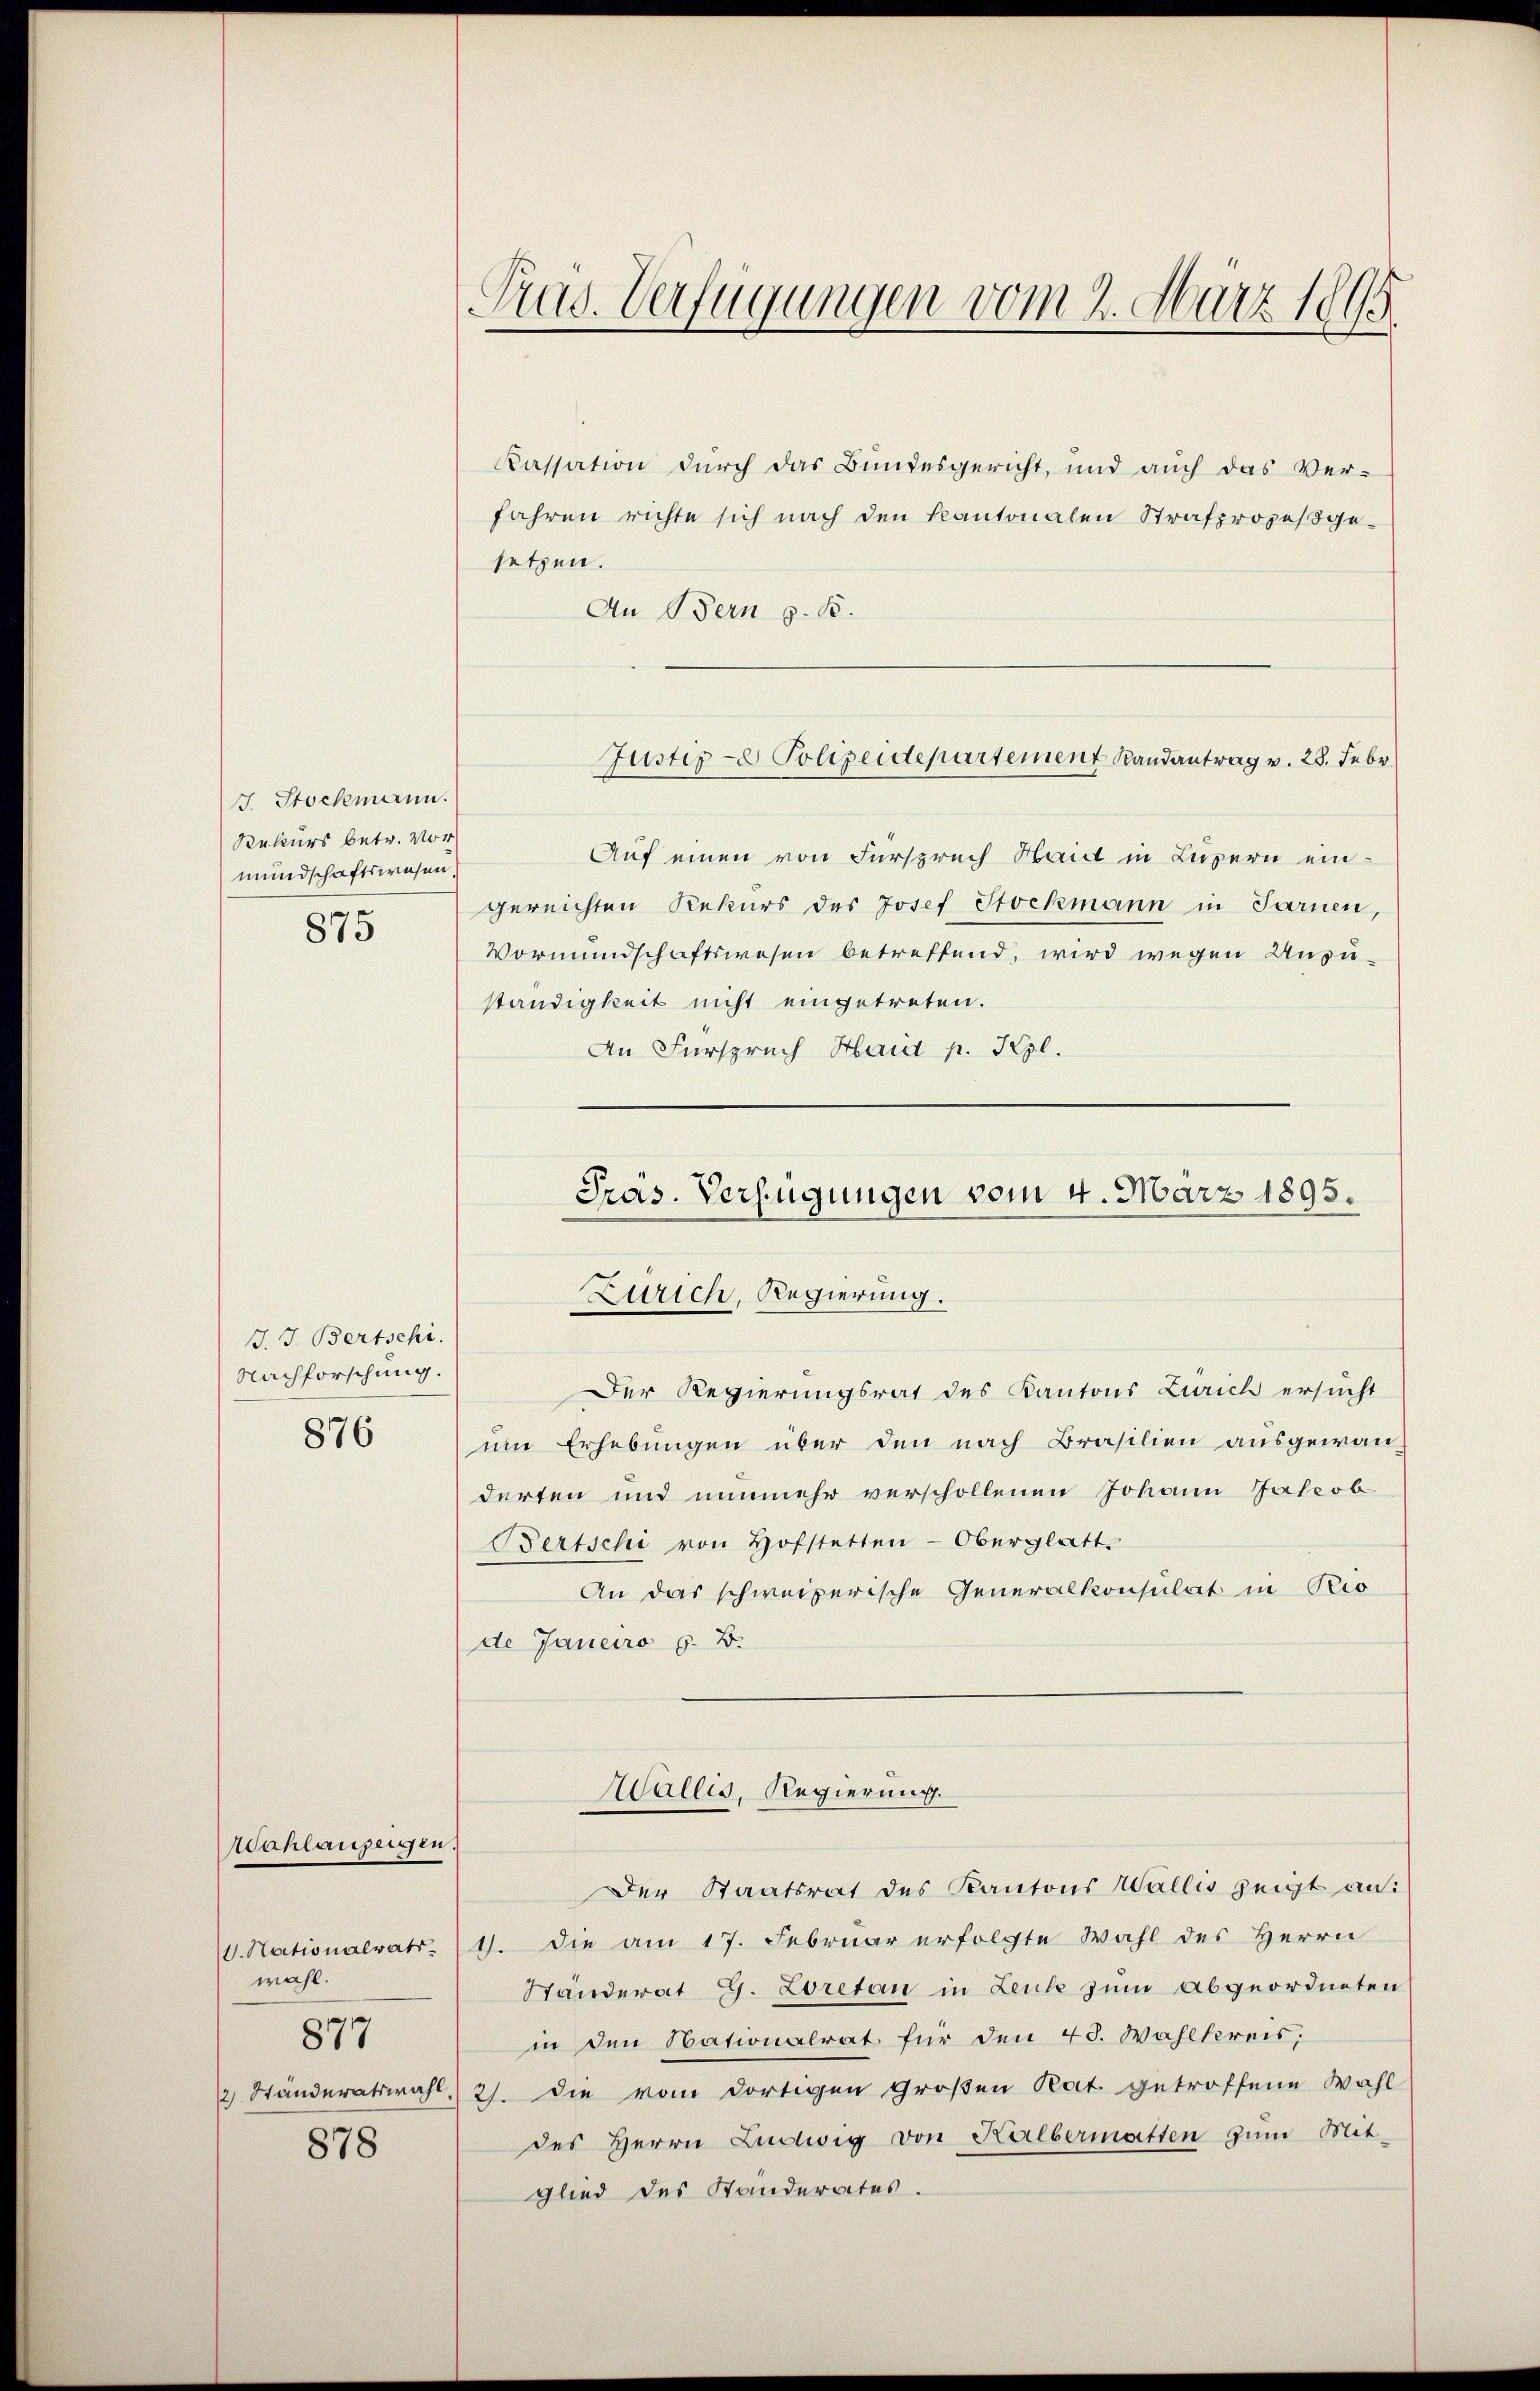
J. Stockmann.
Rekurs betr. Vor
mundschaftswesen.
875

J. J. Bertschi
Nachforschung.
876

Aahlanzeigen.
. Nationalrats.
wahl.
877

878

Prag. Verfügungen vom 2. März 1895.

Kassation durch das Bundesgericht, und aŭch das Ver-
Jahren richte sich nach den Kantonalen Strafprozeßgesetzen.
An Bern z. B.
Auf einen von Fürspruch Haid in Luzern eingereichten Rekurs des Josef Stockmann in Sarnen,
Vormundschaftswesen betreffend, wird wegen Unzu-
ständigkeit nicht eingetreten.
An Fürspruch Haid p. Kgl.

Justiz - Polizeidepartement Randantrag v. 28. Febr.

Zürich, Regierung.
Der Regierungsrat des Kantons Zürich ersucht
um Erhebungen über den nach Brasilien ausgewan-
derten und nunmehr verschollenen Johann Jacob
Bertschi von Hofstetten-Oberglatt.
An das schweizerische Generalkonsulat in Rio
de Janeiro z. B.
Wallis, Regierung.
Der Staatsrat des Kantons Wallis zeigt an:
4. Die am 17. Februar erfolgte Wahl des Herrn
Ständerat G. Loretan in Leute zum Abgeordneten
in den Nationalrat für den 45. Wahlkreis,
2 Ständeratswahl, 21. die vom dortigen Großen Rat getroffene Wahl
des Herrn Ludwig von Halbermatten zŭm Mit-
glied des Standerates.

Präs. Verfügungen vom 4. März 1895.